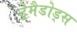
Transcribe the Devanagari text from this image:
ट्रेमैडोड्स